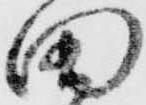
田